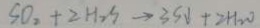
S O _ { 2 } + 2 H _ { 2 } S \rightarrow 3 S \downarrow + 2 H _ { 2 } O